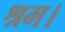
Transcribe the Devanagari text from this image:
श्रम।